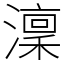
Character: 澟